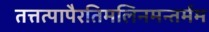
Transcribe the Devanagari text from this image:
तत्तत्पापैरतिमलिनमन्तर्मम